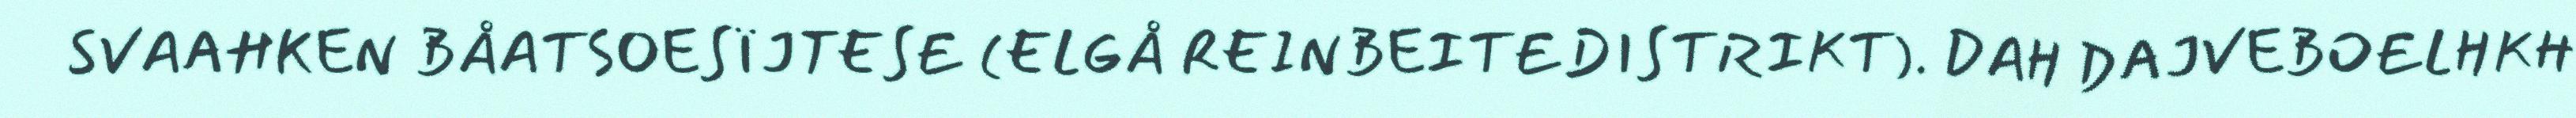
SVAAHKEN BÅATSOESÏJTESE (ELGÅ REINBEITEDISTRIKT). DAH DAJVEBOELHKH